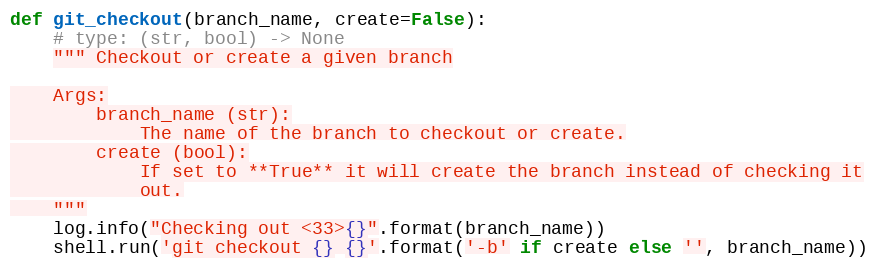
Language: Python
def git_checkout(branch_name, create=False):
    # type: (str, bool) -> None
    """ Checkout or create a given branch

    Args:
        branch_name (str):
            The name of the branch to checkout or create.
        create (bool):
            If set to **True** it will create the branch instead of checking it
            out.
    """
    log.info("Checking out <33>{}".format(branch_name))
    shell.run('git checkout {} {}'.format('-b' if create else '', branch_name))